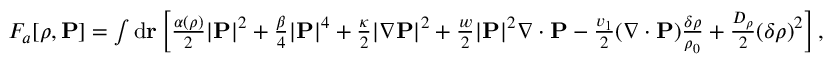
\begin{array} { r } { F _ { a } [ \rho , { \bf P } ] = \int \mathrm { d } { \bf r } \left[ \frac { \alpha ( \rho ) } { 2 } | { \bf P } | ^ { 2 } + \frac { \beta } { 4 } | { \bf P } | ^ { 4 } + \frac { \kappa } { 2 } | \nabla { \bf P } | ^ { 2 } + \frac { w } { 2 } | { \bf P } | ^ { 2 } \nabla \cdot { \bf P } - \frac { v _ { 1 } } { 2 } ( \nabla \cdot { \bf P } ) \frac { \delta \rho } { \rho _ { 0 } } + \frac { D _ { \rho } } { 2 } ( { \delta \rho } ) ^ { 2 } \right] , } \end{array}